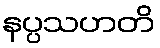
နပ္ပသဟတိ